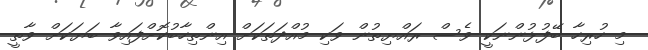
މި ހުރިހާ ބޭފުޅުންނަކީ ވެސް ރައްޔިތުން ވަކި މުއްދަތަކަށް އިންތިހާބުކޮށްފައިވާ ބަޔަކަށް ވާތީ